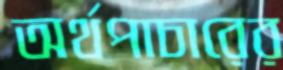
অর্থপাচারের